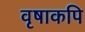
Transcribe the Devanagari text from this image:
वृषाकपि